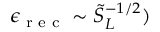
\epsilon _ { \textrm { r e c } } \sim \tilde { S } _ { L } ^ { - 1 / 2 } )